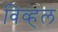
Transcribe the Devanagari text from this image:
विव्हल